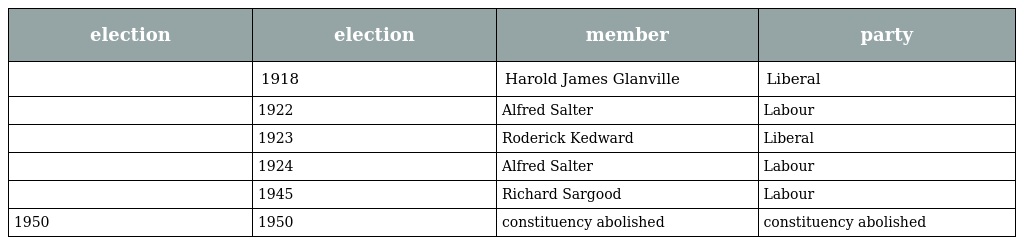
| election | election | member | party |
 | --- | --- | --- | --- |
 |  | 1918 | Harold James Glanville | Liberal |
 |  | 1922 | Alfred Salter | Labour |
 |  | 1923 | Roderick Kedward | Liberal |
 |  | 1924 | Alfred Salter | Labour |
 |  | 1945 | Richard Sargood | Labour |
 | 1950 | 1950 | constituency abolished | constituency abolished |